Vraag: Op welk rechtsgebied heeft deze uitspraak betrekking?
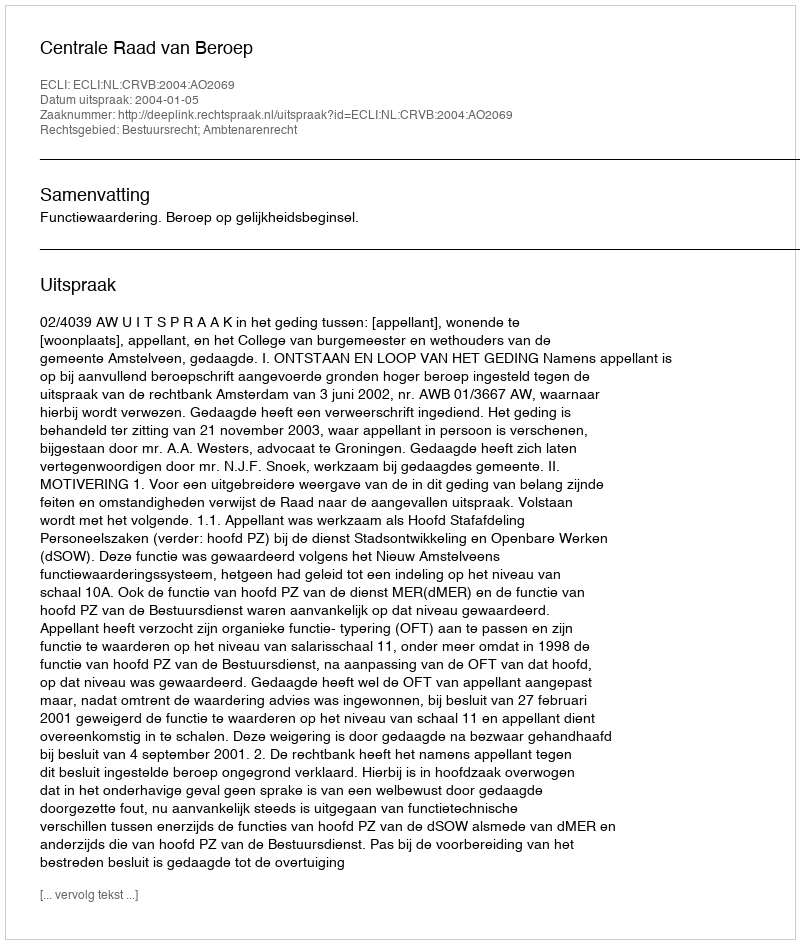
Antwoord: Bestuursrecht; Ambtenarenrecht